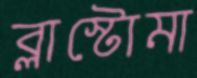
ব্লাস্টোমা